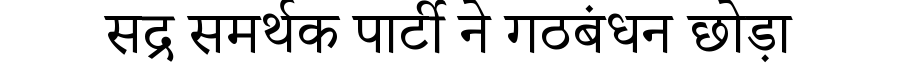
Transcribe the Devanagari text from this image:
सद्र समर्थक पार्टी ने गठबंधन छोड़ा